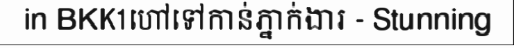
in BKK1ហៅទៅកាន់ភ្នាក់ងារ - Stunning